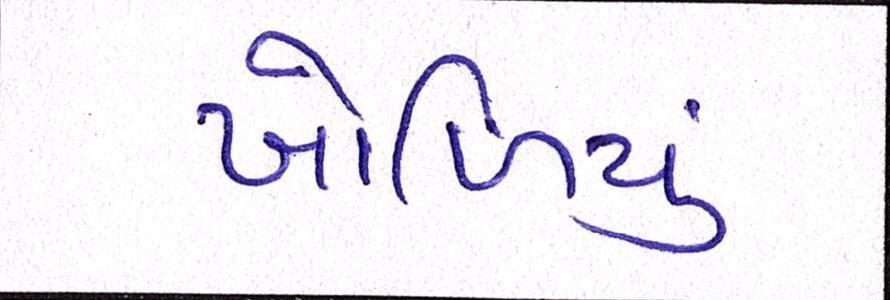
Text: ખોળિયું